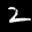
Label: 2